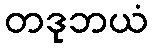
တဒုဘယံ